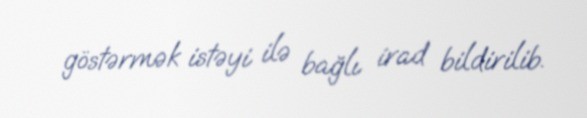
göstərmək istəyi ilə bağlı irad bildirilib.